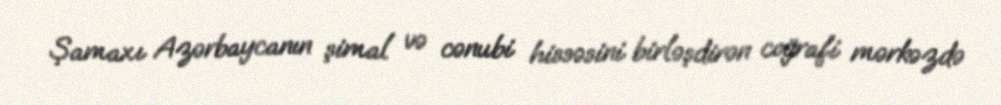
Şamaxı Azərbaycanın şimal və cənubi hissəsini birləşdirən coğrafi mərkəzdə